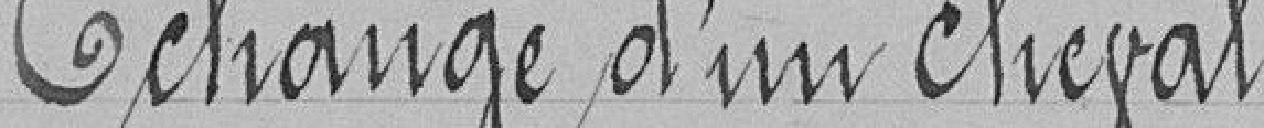
Échange d'un cheval